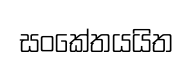
සංකේතයයිත